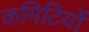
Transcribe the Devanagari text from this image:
कमिटियों